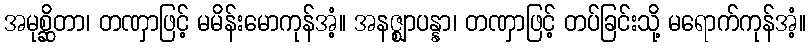
အမုစ္ဆိတာ၊ တဏှာဖြင့် မမိန်းမောကုန်အံ့။ အနဇ္ဈာပန္နာ၊ တဏှာဖြင့် တပ်ခြင်းသို့ မရောက်ကုန်အံ့။